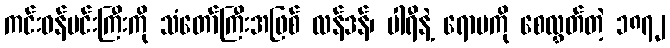
ကင်းဝန်မင်းကြီးကို သံတော်ကြီးအဖြစ် လန်ဒန်၊ ပါရီနဲ့ ရောမကို စေလွှတ်တဲ့ ၁၈၇၂